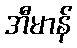
အီမာန်